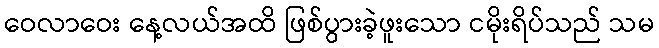
ဝေလာဝေး နေ့လယ်အထိ ဖြစ်ပွားခဲ့ဖူးသော ငမိုးရိပ်သည် သမ